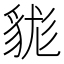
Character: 𧳑